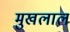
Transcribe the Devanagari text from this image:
मुखलाल